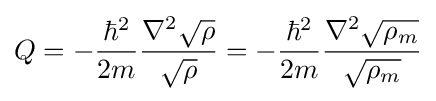
Q=-{\frac {\hbar ^{2}}{2m}}{\frac {\nabla ^{2}{\sqrt {\rho }}}{\sqrt {\rho }}}=-{\frac {\hbar ^{2}}{2m}}{\frac {\nabla ^{2}{\sqrt {\rho _{m}}}}{\sqrt {\rho _{m}}}}